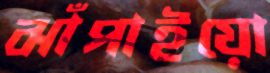
ঝাঁপাইয়ো